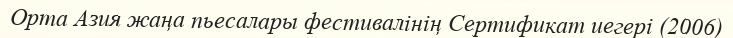
Орта Азия жаңа пьесалары фестивалінің Сертификат иегері (2006)